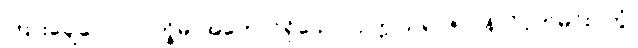
ကြားချေလော။ ပက္ခိမ၊ အတောင်ရှိသော။ ဥက္ကုသရာဇ၊ ဝန်လိုငှက်မင်း။ တွံ၊